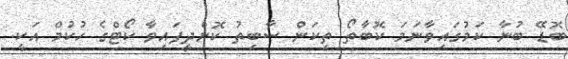
ބޮޑޭ ބުނާ ކަމުގައިވާނަމަ ކޮބާތޯ ތިކަން ސާބިތު ކޮށްދީފައިވާ ކޯޓްގެ ހުކުމް އަކީ.